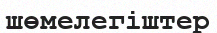
шөмелегіштер